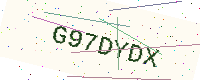
Text: G97DYDX